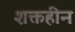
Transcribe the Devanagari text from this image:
शक्तहीन